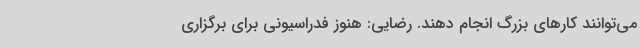
می‌توانند کارهای بزرگ انجام دهند. رضایی: هنوز فدراسیونی برای برگزاری